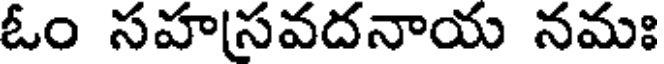
ఓం సహసవదనాయ నమః